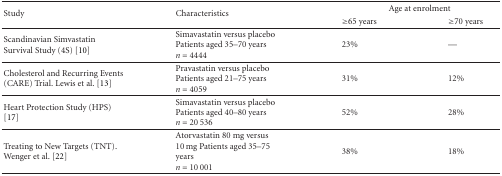
<table><thead><tr><td rowspan="2"><b>Study</b></td><td rowspan="2"><b>Characteristics</b></td><td colspan="2"><b>Age at enrolment</b></td></tr><tr><td><b>≥65 years</b></td><td><b>≥70 years</b></td></tr></thead><tbody><tr><td>Scandinavian Simvastatin Survival Study (4S) [10]</td><td>Simavastatin versus placebo Patients aged 35–70 years <i>n</i> = 4444</td><td>23%</td><td>—</td></tr><tr><td>Cholesterol and Recurring Events (CARE) Trial. Lewis et al. [13]</td><td>Pravastatin versus placebo Patients aged 21–75 years <i>n</i> = 4059</td><td>31%</td><td>12%</td></tr><tr><td>Heart Protection Study (HPS) [17]</td><td>Simavastatin versus placebo Patients aged 40–80 years <i>n</i> = 20 536</td><td>52%</td><td>28%</td></tr><tr><td>Treating to New Targets (TNT). Wenger et al. [22]</td><td>Atorvastatin 80 mg versus 10 mg Patients aged 35–75 years <i>n</i> = 10 001</td><td>38%</td><td>18%</td></tr></tbody></table>